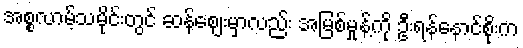
အစ္စလာမ့်သမိုင်းတွင် ဆန်ဈေးမှာလည်း အမြစ်မှုန့်ကို ဦးရန်နောင်စိုးက